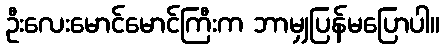
ဦးလေးမောင်မောင်ကြီးက ဘာမျှပြန်မပြောပါ။